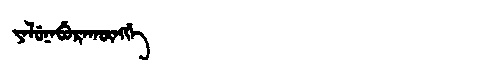
Manchu: ᠶᠠᠯᡠᠨᠠᠪᡠᡵᠠᡴᡡᠩᡤᡝ
Romanization: YALUNABURAKŪNGGE